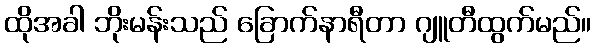
ထိုအခါ ဘိုးမန်းသည် ခြောက်နာရီတာ ဂျူတီထွက်မည်။